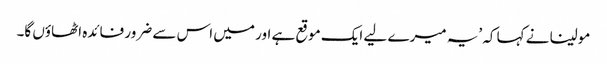
مولینا نے کہا کہ ’یہ میرے لیے ایک موقع ہے اور میں اس سے ضرور فائدہ اٹھاؤں گا۔